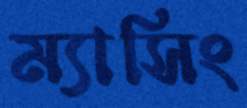
ম্যাসিং